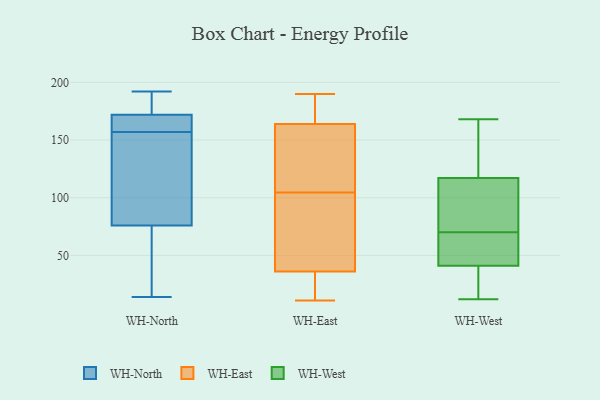
{"axis": {"x": "Budget (USD K)", "y": "Value"}, "legend": ["WH-East", "WH-North", "WH-West"], "data": [{"x": "", "y": 14, "type": "WH-North"}, {"x": "", "y": 160, "type": "WH-North"}, {"x": "", "y": 76, "type": "WH-North"}, {"x": "", "y": 192, "type": "WH-North"}, {"x": "", "y": 137, "type": "WH-North"}, {"x": "", "y": 192, "type": "WH-North"}, {"x": "", "y": 158, "type": "WH-North"}, {"x": "", "y": 103, "type": "WH-North"}, {"x": "", "y": 184, "type": "WH-North"}, {"x": "", "y": 160, "type": "WH-North"}, {"x": "", "y": 156, "type": "WH-North"}, {"x": "", "y": 172, "type": "WH-North"}, {"x": "", "y": 57, "type": "WH-North"}, {"x": "", "y": 76, "type": "WH-North"}, {"x": "", "y": 13, "type": "WH-East"}, {"x": "", "y": 85, "type": "WH-East"}, {"x": "", "y": 124, "type": "WH-East"}, {"x": "", "y": 75, "type": "WH-East"}, {"x": "", "y": 190, "type": "WH-East"}, {"x": "", "y": 36, "type": "WH-East"}, {"x": "", "y": 179, "type": "WH-East"}, {"x": "", "y": 11, "type": "WH-East"}, {"x": "", "y": 164, "type": "WH-East"}, {"x": "", "y": 128, "type": "WH-East"}, {"x": "", "y": 117, "type": "WH-West"}, {"x": "", "y": 155, "type": "WH-West"}, {"x": "", "y": 128, "type": "WH-West"}, {"x": "", "y": 100, "type": "WH-West"}, {"x": "", "y": 41, "type": "WH-West"}, {"x": "", "y": 19, "type": "WH-West"}, {"x": "", "y": 161, "type": "WH-West"}, {"x": "", "y": 63, "type": "WH-West"}, {"x": "", "y": 21, "type": "WH-West"}, {"x": "", "y": 12, "type": "WH-West"}, {"x": "", "y": 41, "type": "WH-West"}, {"x": "", "y": 168, "type": "WH-West"}, {"x": "", "y": 51, "type": "WH-West"}, {"x": "", "y": 53, "type": "WH-West"}, {"x": "", "y": 103, "type": "WH-West"}, {"x": "", "y": 100, "type": "WH-West"}, {"x": "", "y": 32, "type": "WH-West"}, {"x": "", "y": 117, "type": "WH-West"}, {"x": "", "y": 50, "type": "WH-West"}, {"x": "", "y": 77, "type": "WH-West"}]}